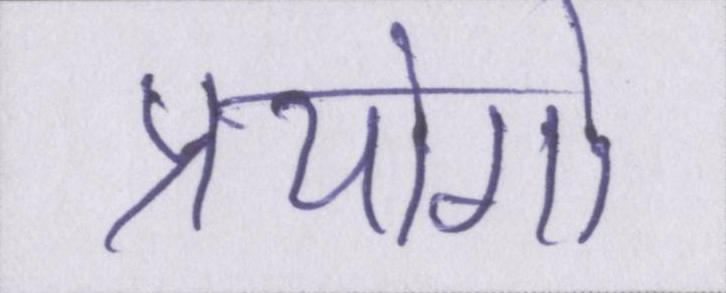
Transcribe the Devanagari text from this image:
प्रयोगो